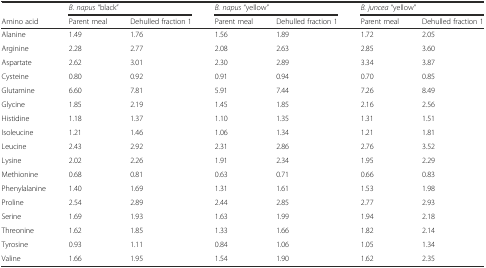
|  | <COLSPAN=2> B. napus “black” | <COLSPAN=2> B. napus “yellow” | <COLSPAN=2> B. juncea “yellow” |
 | Amino acid | Parent meal | Dehulled fraction 1 | Parent meal | Dehulled fraction 1 | Parent meal | Dehulled fraction 1 |
 | --- | --- | --- | --- | --- | --- | --- |
 | Alanine | 1.49 | 1.76 | 1.56 | 1.89 | 1.72 | 2.05 |
 | Arginine | 2.28 | 2.77 | 2.08 | 2.63 | 2.85 | 3.60 |
 | Aspartate | 2.62 | 3.01 | 2.30 | 2.89 | 3.34 | 3.87 |
 | Cysteine | 0.80 | 0.92 | 0.91 | 0.94 | 0.70 | 0.85 |
 | Glutamine | 6.60 | 7.81 | 5.91 | 7.44 | 7.26 | 8.49 |
 | Glycine | 1.85 | 2.19 | 1.45 | 1.85 | 2.16 | 2.56 |
 | Histidine | 1.18 | 1.37 | 1.10 | 1.35 | 1.31 | 1.51 |
 | Isoleucine | 1.21 | 1.46 | 1.06 | 1.34 | 1.21 | 1.81 |
 | Leucine | 2.43 | 2.92 | 2.31 | 2.86 | 2.76 | 3.52 |
 | Lysine | 2.02 | 2.26 | 1.91 | 2.34 | 1.95 | 2.29 |
 | Methionine | 0.68 | 0.81 | 0.63 | 0.71 | 0.66 | 0.83 |
 | Phenylalanine | 1.40 | 1.69 | 1.31 | 1.61 | 1.53 | 1.98 |
 | Proline | 2.54 | 2.89 | 2.44 | 2.85 | 2.77 | 2.93 |
 | Serine | 1.69 | 1.93 | 1.63 | 1.99 | 1.94 | 2.18 |
 | Threonine | 1.62 | 1.85 | 1.33 | 1.66 | 1.82 | 2.14 |
 | Tyrosine | 0.93 | 1.11 | 0.84 | 1.06 | 1.05 | 1.34 |
 | Valine | 1.66 | 1.95 | 1.54 | 1.90 | 1.62 | 2.35 |